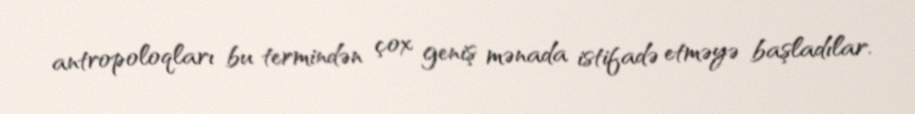
antropoloqları bu termindən çox geniş mənada istifadə etməyə başladılar.